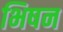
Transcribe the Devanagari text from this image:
भिषन